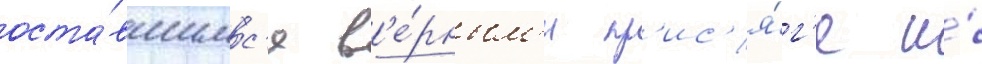
оста́вшимс'я в'е́рным'и пр'ис'я́г'е и́